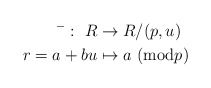
\begin{align*}^-:~R& \rightarrow R/(p,u) \\r=a+bu& \mapsto a~({\rm mod}p) \end{align*}